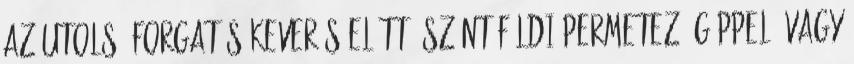
az utolsó forgatás keverés előtt, szántóföldi permetező géppel, vagy